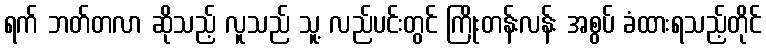
ရက် ဘတ်တလာ ဆိုသည့် လူသည် သူ့ လည်ပင်းတွင် ကြိုးတန်းလန်း အစွပ် ခံထားရသည့်တိုင်